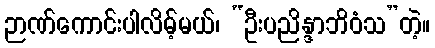
ဉာဏ်ကောင်းပါလိမ့်မယ်၊ “ဦးပညိန္ဒာဘိဝံသ”တဲ့။